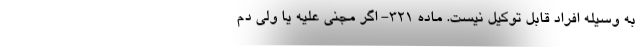
به وسیله افراد قابل توکیل نیست. ماده ۳۲۱- اگر مجنی علیه یا ولی دم